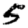
Digit: 5